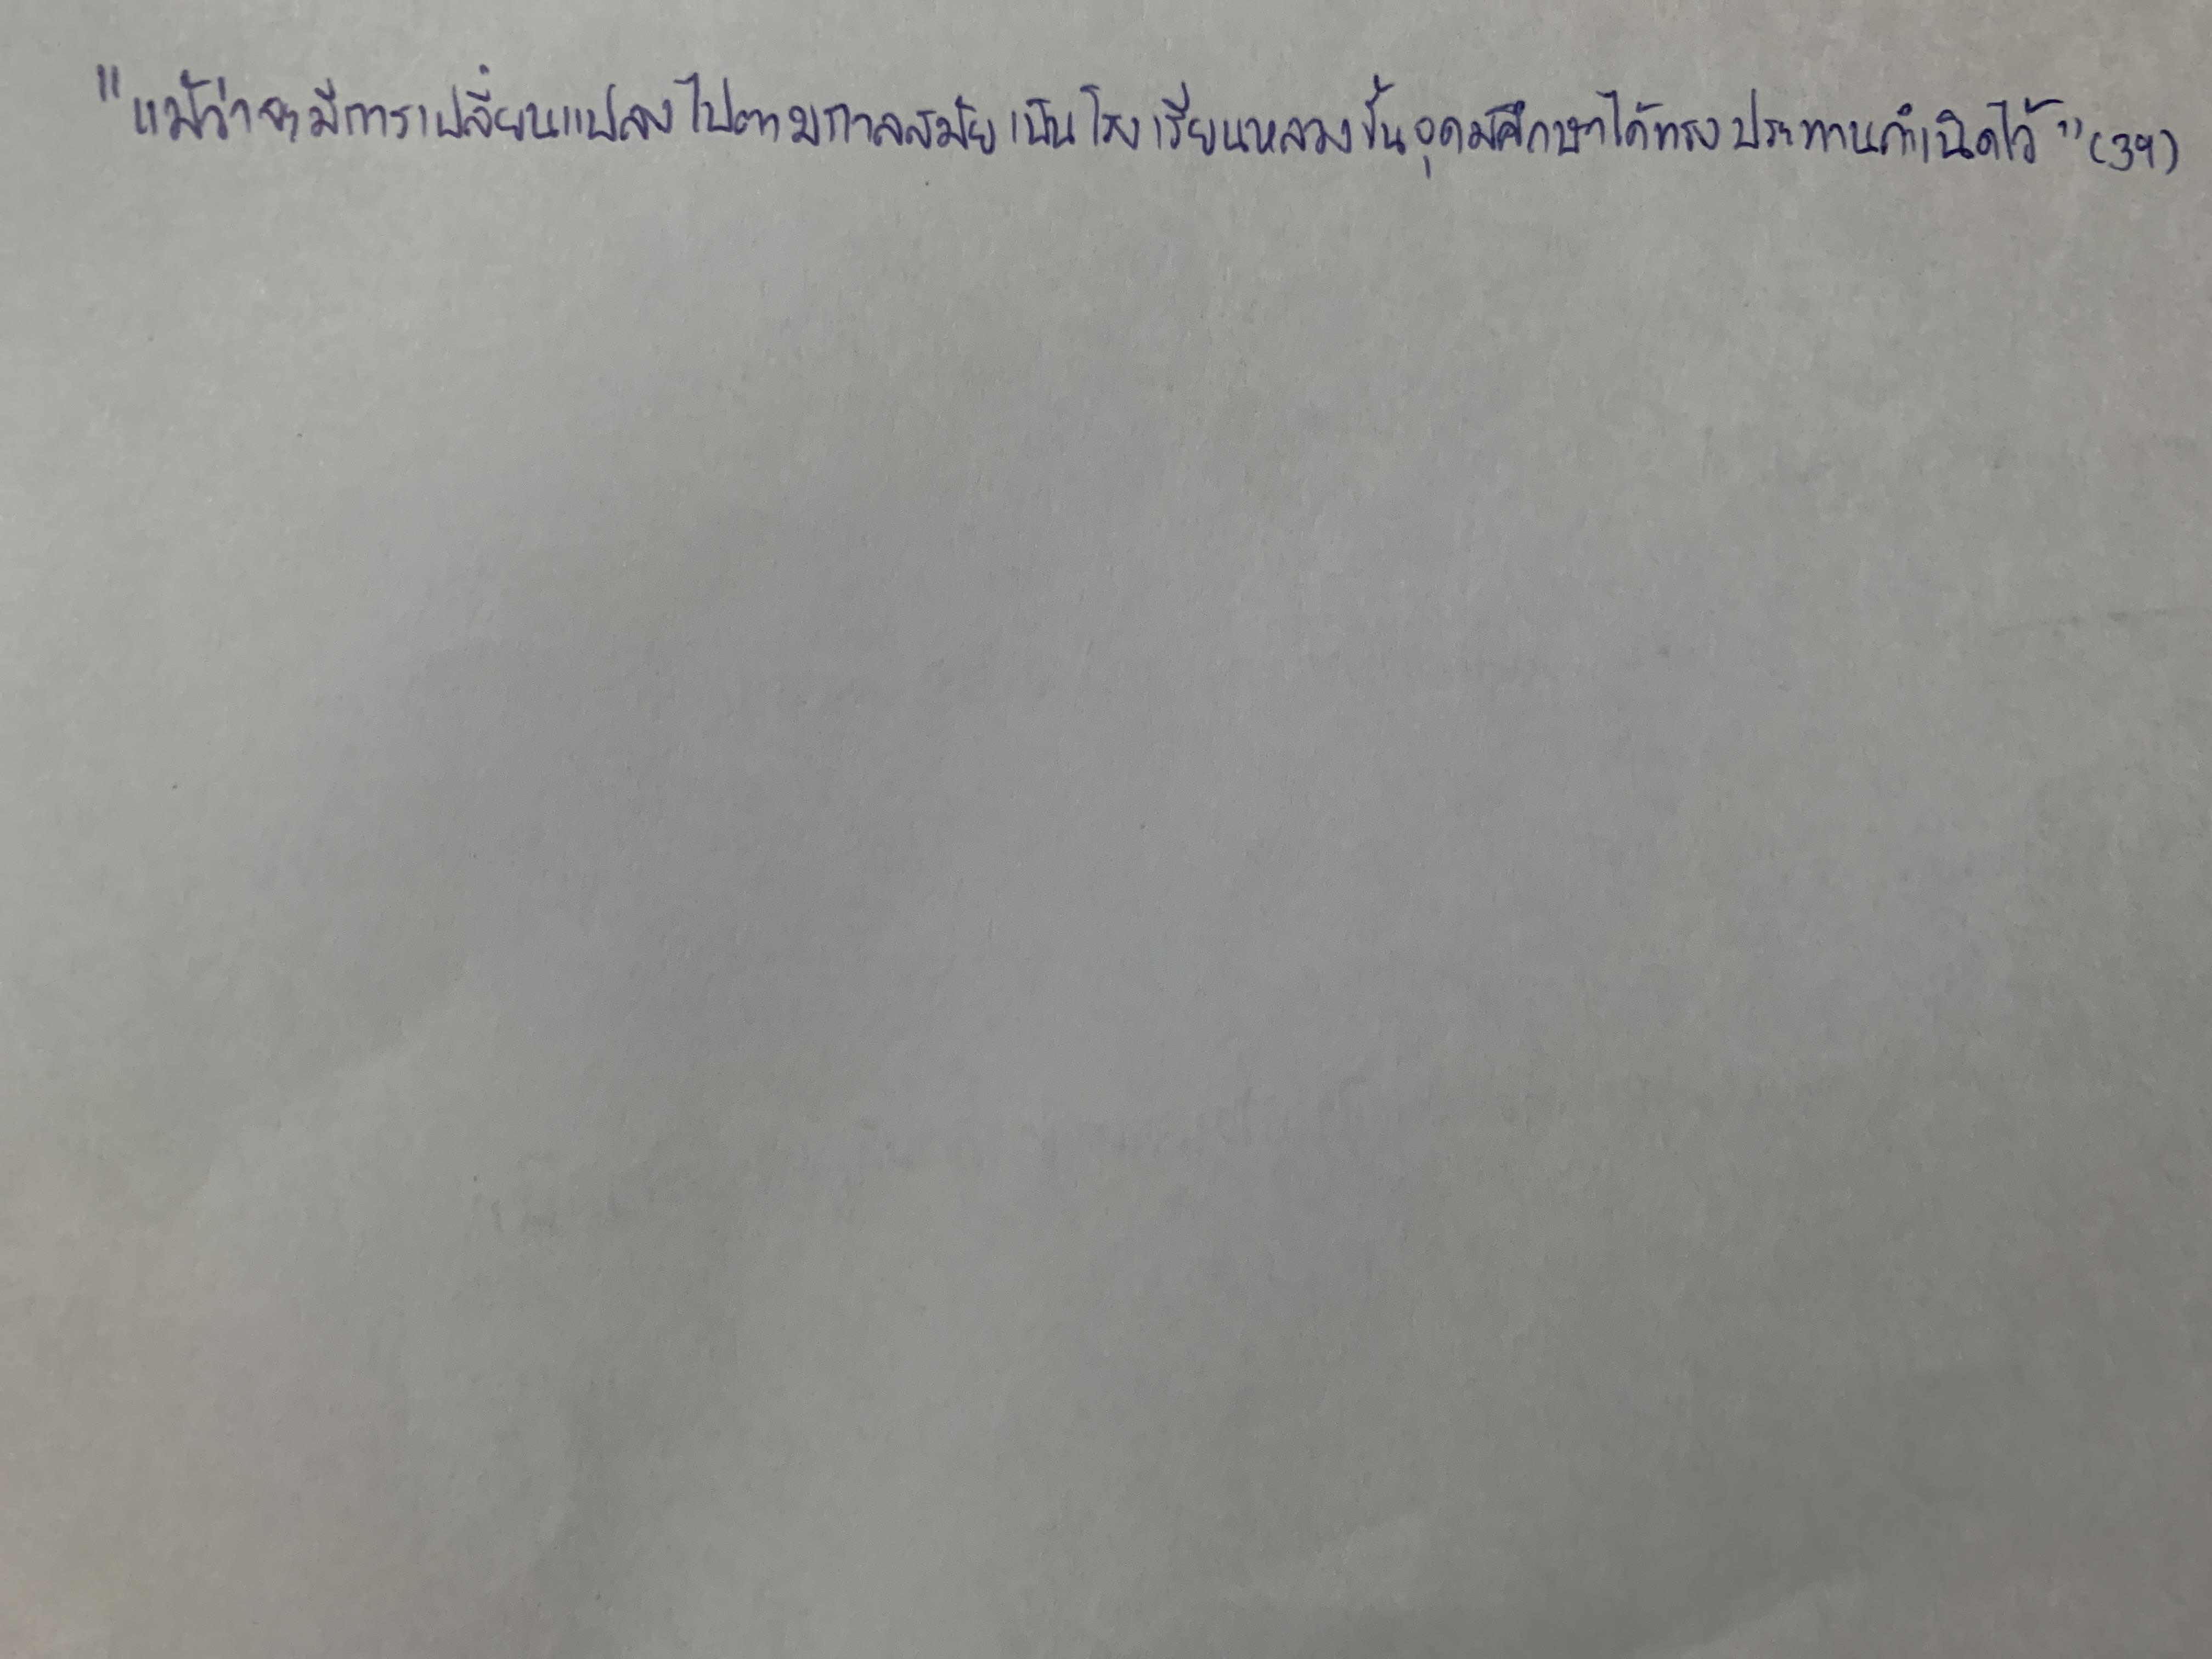
"แม้ว่าจะมีการเปลี่ยนแปลงไปตามกาลสมัยเป็นโรงเรียนหลวงขั้นอุดมศึกษาได้ทรงประทานกำเนิดไว้"(39)